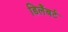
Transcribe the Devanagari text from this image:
डिलैंबर्ट